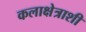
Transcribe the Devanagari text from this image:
कलाक्षेत्राशी